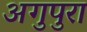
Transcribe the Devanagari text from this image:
अगुपुरा